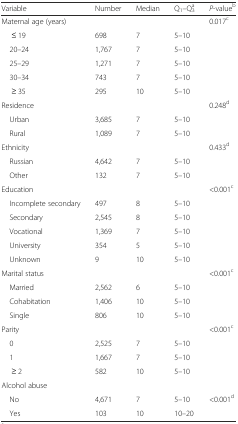
<table><thead><tr><td><b>Variable</b></td><td><b>Number</b></td><td><b>Median</b></td><td><b>Q<sub>1</sub>–Q<sub>3</sub><sup>a</sup></b></td><td><b><i>P</i>-value<sup>b</sup></b></td></tr></thead><tbody><tr><td>Maternal age (years)</td><td></td><td></td><td></td><td>0.017<sup>c</sup></td></tr><tr><td>≤ 19</td><td>698</td><td>7</td><td>5–10</td><td></td></tr><tr><td> 20–24</td><td>1,767</td><td>7</td><td>5–10</td><td></td></tr><tr><td> 25–29</td><td>1,271</td><td>7</td><td>5–10</td><td></td></tr><tr><td> 30–34</td><td>743</td><td>7</td><td>5–10</td><td></td></tr><tr><td>≥ 35</td><td>295</td><td>10</td><td>5–10</td><td></td></tr><tr><td>Residence</td><td></td><td></td><td></td><td>0.248<sup>d</sup></td></tr><tr><td> Urban</td><td>3,685</td><td>7</td><td>5–10</td><td></td></tr><tr><td> Rural</td><td>1,089</td><td>7</td><td>5–10</td><td></td></tr><tr><td>Ethnicity</td><td></td><td></td><td></td><td>0.433<sup>d</sup></td></tr><tr><td> Russian</td><td>4,642</td><td>7</td><td>5–10</td><td></td></tr><tr><td> Other</td><td>132</td><td>7</td><td>5–10</td><td></td></tr><tr><td>Education</td><td></td><td></td><td></td><td>&lt;0.001<sup>c</sup></td></tr><tr><td> Incomplete secondary</td><td>497</td><td>8</td><td>5–10</td><td></td></tr><tr><td> Secondary</td><td>2,545</td><td>8</td><td>5–10</td><td></td></tr><tr><td> Vocational</td><td>1,369</td><td>7</td><td>5–10</td><td></td></tr><tr><td> University</td><td>354</td><td>5</td><td>5–10</td><td></td></tr><tr><td> Unknown</td><td>9</td><td>10</td><td>5–10</td><td></td></tr><tr><td>Marital status</td><td></td><td></td><td></td><td>&lt;0.001<sup>c</sup></td></tr><tr><td> Married</td><td>2,562</td><td>6</td><td>5–10</td><td></td></tr><tr><td> Cohabitation</td><td>1,406</td><td>10</td><td>5–10</td><td></td></tr><tr><td> Single</td><td>806</td><td>10</td><td>5–10</td><td></td></tr><tr><td>Parity</td><td></td><td></td><td></td><td>&lt;0.001<sup>c</sup></td></tr><tr><td> 0</td><td>2,525</td><td>7</td><td>5–10</td><td></td></tr><tr><td> 1</td><td>1,667</td><td>7</td><td>5–10</td><td></td></tr><tr><td>≥ 2</td><td>582</td><td>10</td><td>5–10</td><td></td></tr><tr><td>Alcohol abuse</td><td></td><td></td><td></td><td></td></tr><tr><td> No</td><td>4,671</td><td>7</td><td>5–10</td><td>&lt;0.001<sup>d</sup></td></tr><tr><td> Yes</td><td>103</td><td>10</td><td>10–20</td><td></td></tr></tbody></table>